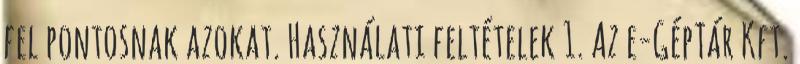
fel pontosnak azokat. Használati feltételek 1. Az e-GépTár Kft.